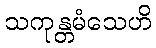
သကုန္တမံသေဟိ